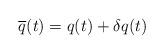
LaTeX: \begin{align*}\overline{q}(t)=q(t)+\delta q(t)\end{align*}